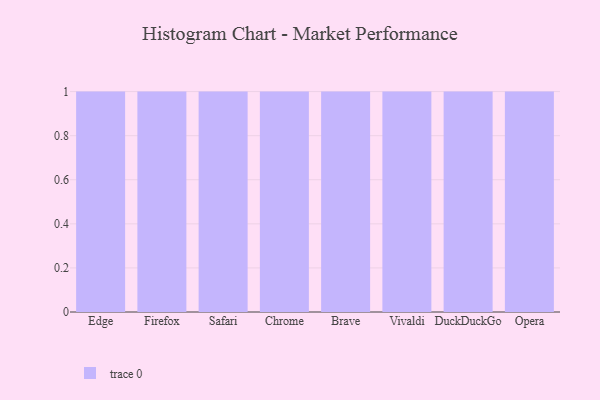
{"axis": {"x": "Browser", "y": "Website Visitors"}, "legend": [""], "data": [{"x": "Edge", "y": 49, "type": ""}, {"x": "Firefox", "y": 80, "type": ""}, {"x": "Safari", "y": 75, "type": ""}, {"x": "Chrome", "y": 62, "type": ""}, {"x": "Brave", "y": 95, "type": ""}, {"x": "Vivaldi", "y": 95, "type": ""}, {"x": "DuckDuckGo", "y": 40, "type": ""}, {"x": "Opera", "y": 5, "type": ""}]}